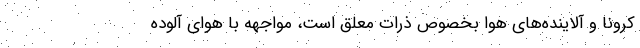
کرونا و آلاینده‌های هوا بخصوص ذرات معلق است، مواجهه با هوای آلوده